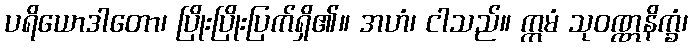
ပရိယောဒါတော၊ ပြိုးပြိုးပြက်ရှိ၏။ အဟံ၊ ငါသည်။ ဣမံ သုဝဏ္ဏနိက္ခံ၊